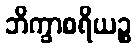
ဘိက္ခာစရိယဉ္စ